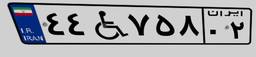
۴۴W۷۵۸۰۲